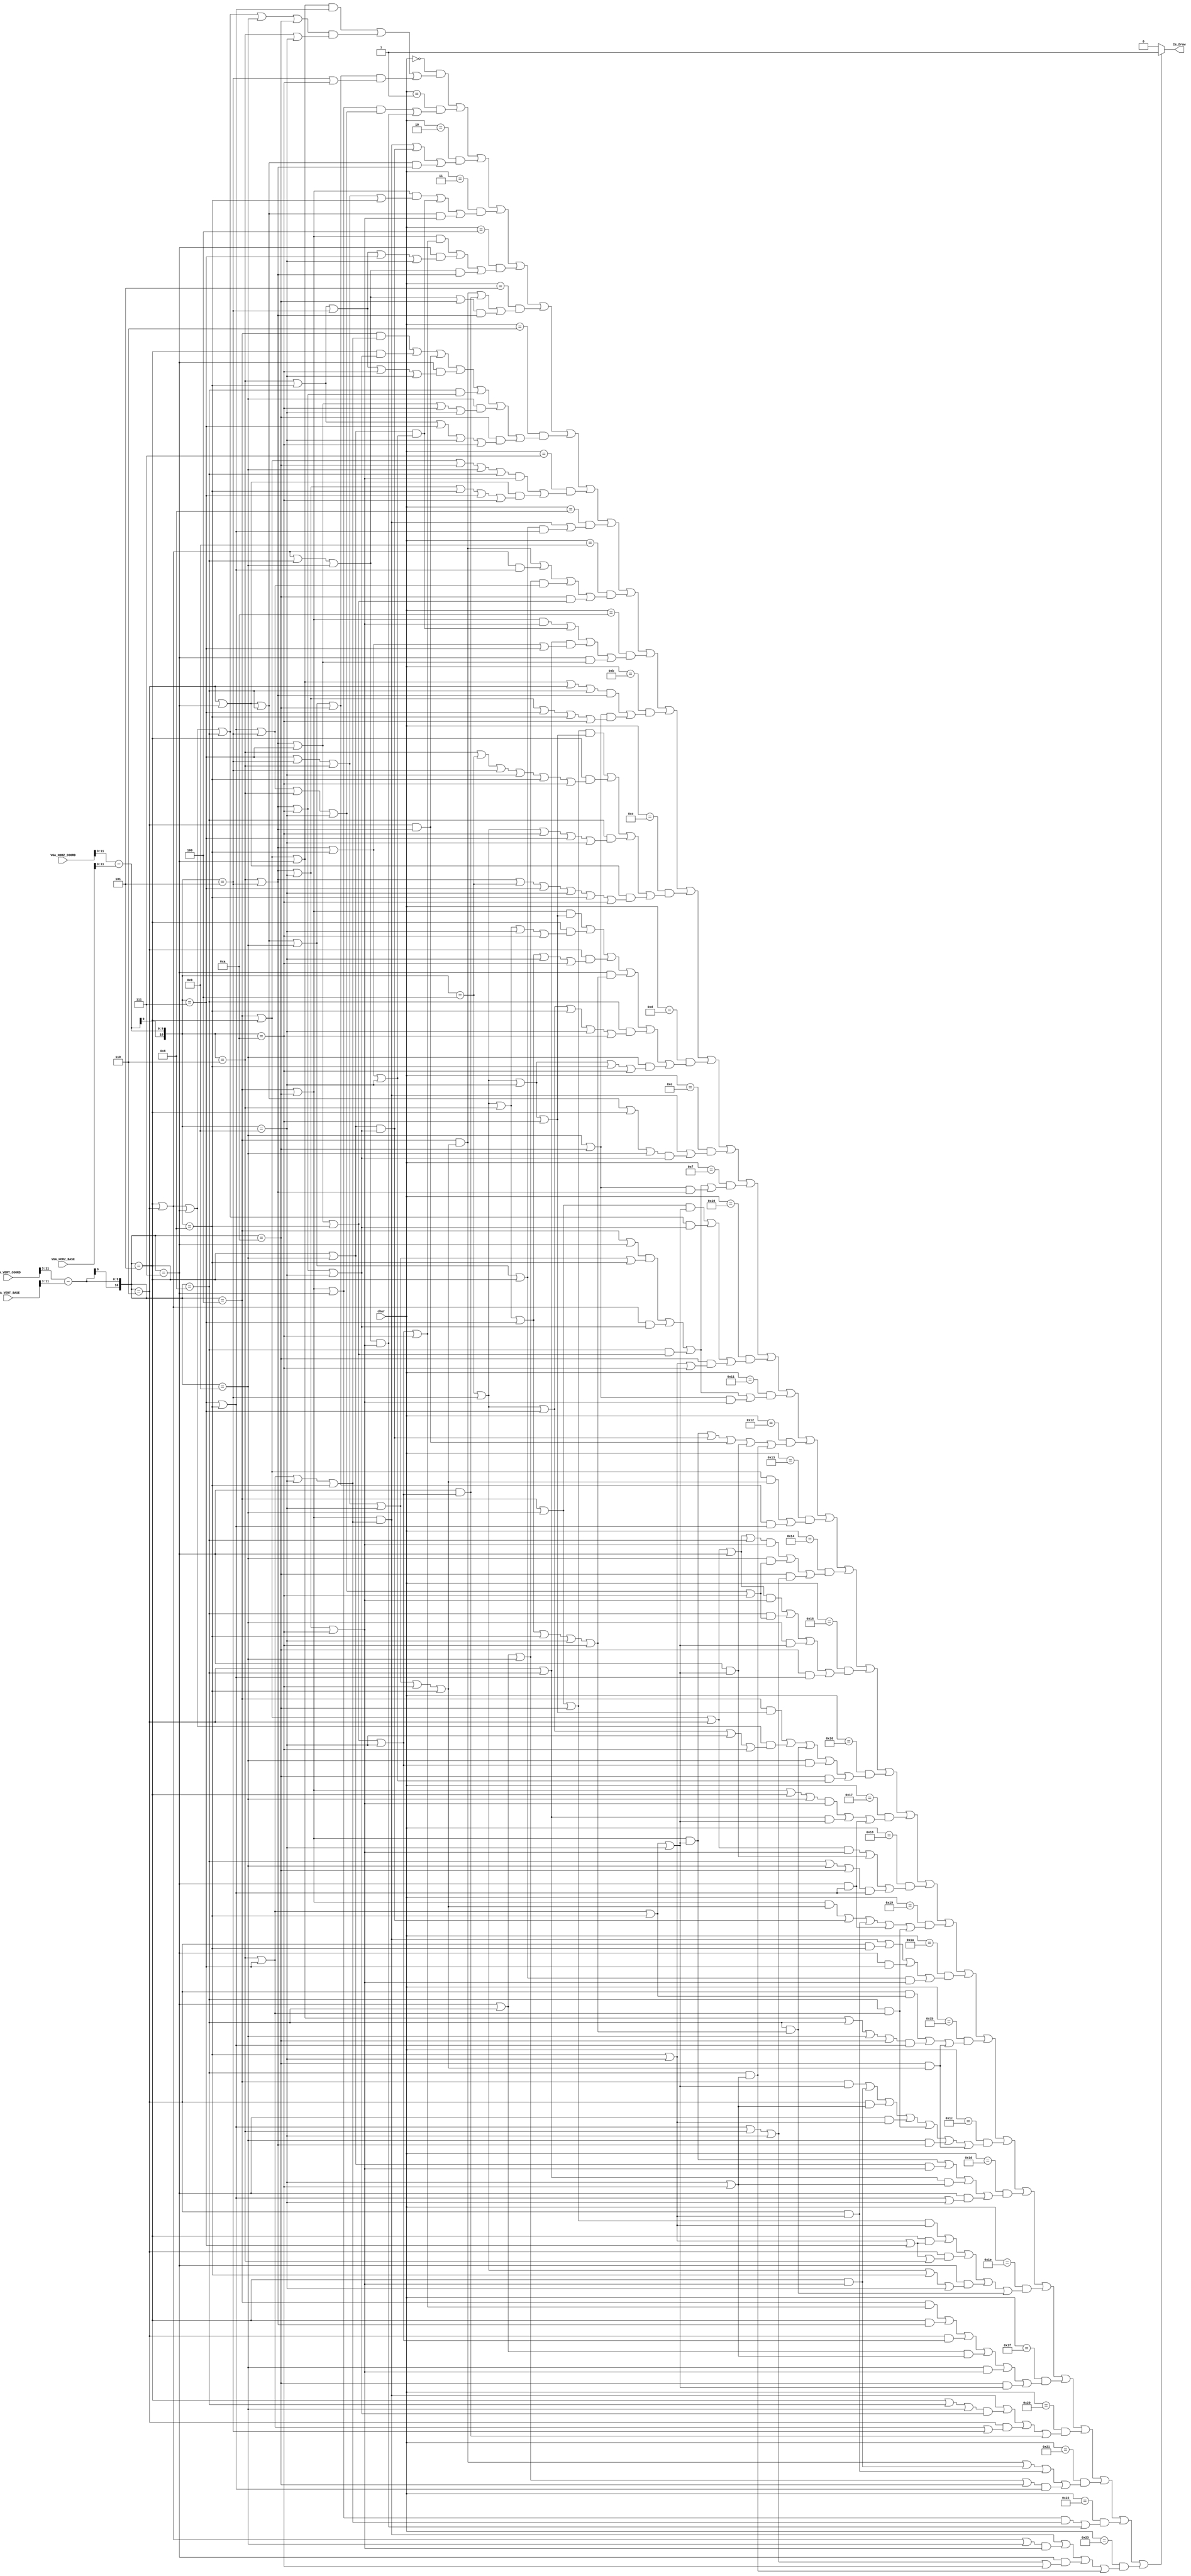
`timescale 1ns / 1ps
//////////////////////////////////////////////////////////////////////////////////
// Company: 
// Engineer: 
// 
// Design Name: 
// Module Name: Large_Font
// Project Name: 
// Target Devices: 
// Tool Versions: 
// Description: 
// 
// Dependencies: 
// 
// Revision:
// Revision 0.01 - File Created
// Additional Comments:
// 
//////////////////////////////////////////////////////////////////////////////////


module Large_Font(
    input [11:0] VGA_HORZ_COORD,
    input [11:0] VGA_VERT_COORD,
    
    input [11:0] VGA_HORZ_BASE,
    input [11:0] VGA_VERT_BASE,
    
    input [5:0] char,
    output Is_Draw 
    );
    
    wire [10:0] col = (VGA_HORZ_COORD >> 3) - (VGA_HORZ_BASE >> 3);
    wire [10:0] row = (VGA_VERT_COORD >> 3) - (VGA_VERT_BASE >> 3);
    
    assign Is_Draw = (((char == 6'b000000) && (( ((row == 4) || (row == 5) || (row == 7)) && ((col == 7) || (col == 8)) ) ||
                          /*A*/                ( ((row == 5) || (row == 6) || (row == 7) || (row == 8) || (row == 9) || (row == 10)) && ((col == 6) || (col == 9)) ) ||
                                               ( ((row == 6) || (row == 7) || (row == 8) || (row == 9) || (row == 10)) && ((col == 5) || (col == 10)) )) ) ||
                      ((char == 6'b000001) && (( ((row == 4) || (row == 10) || (row == 7)) && ((col == 7) || (col == 8) || (col == 5)  || (col == 6) || (col == 9)) ) ||
                          /*B*/                ( ((row == 6) || (row == 5) || (row == 8) || (row == 9)) && ((col == 5) || (col == 6) || (col == 9) || (col == 10)) )) ) ||
                      ((char == 6'b000010) && (( ((row == 4) || (row == 10)) && ((col == 7) || (col == 6) || (col == 9) || (col == 8)) ) ||
                          /*C*/                ( ((row == 5) || (row == 9)) && ((col == 6) || (col == 5) || (col == 10) || (col == 9)) ) ||
                                               ( ((row == 6) || (row == 7) || (row == 8)) && ((col == 5) || (col == 6)) )) ) ||
                      ((char == 6'b000011) && (( ((row == 4) || (row == 10)) && ((col == 7) || (col == 5) || (col == 6) || (col == 8)) ) ||
                          /*D*/                ( ((row == 5) || (row == 9)) && ((col == 6) || (col == 5) || (col == 8) || (col == 9)) ) ||
                                               ( ((row == 6) || (row == 7) || (row == 8)) && ((col == 5) || (col == 6) || (col == 9) || (col == 10)) )) ) ||
                      ((char == 6'b000100) && (( ((row == 4) || (row == 10)) && ((col == 5) ||(col == 6) || (col == 7) || (col == 8) || (col == 9) || (col == 10)) ) ||
                         /*E*/                 ( ((row == 7)) && ((col == 6) || (col == 8) ||(col == 5) || (col == 7) || (col == 9)) ) ||
                                               ( ((row == 6) || (row == 5) || (row == 8) || (row == 9)) && ((col == 5) || (col == 6)) )) ) ||
                      ((char == 6'b000101) && (( ((row == 4)) && ((col == 7) || (col == 5) || (col == 6) || (col == 9) || (col == 10) || (col == 8)) ) ||
                         /*F*/                 ( ((row == 7)) && ((col == 6) || (col == 5) || (col == 7) || (col == 8) || (col == 9)) ) ||
                                               ( ((row == 6) || (row == 5) || (row == 8) || (row == 9) || (row == 10)) && ((col == 5) || (col == 6)) )) ) ||
                      ((char == 6'b000110) && (( ((row == 4)) && ((col == 7) || (col == 6) || (col == 9) || (col == 8)) ) ||
                                               ( ((row == 5)) && ((col == 6) || (col == 5) || (col == 10) || (col == 9)) ) ||
                                               ( ((row == 6)) && ((col == 6) || (col == 5)) ) ||
                                               ( ((row == 7)) && ((col == 6) || (col == 8) || (col == 5) || (col == 10) || (col == 9)) ) ||
                                               ( ((row == 8)) && ((col == 6) || (col == 5) || (col == 10)) ) ||
                                               ( ((row == 9)) && ((col == 6) || (col == 5) || (col == 7) || (col == 10) || (col == 9)) ) ||
                                               ( ((row == 10)) && ((col == 8) || (col == 6) || (col == 7) || (col == 9) || (col == 10)) )) ) ||
                      ((char == 6'b000111) && (( ((row == 4) || (row == 5) || (row == 10) || (row == 9) || (row == 8)) && ((col == 5) || (col == 6) || (col == 9) || (col == 10)) ) ||
                          /*H*/                ( ((row == 6) || (row == 7)) && ((col == 5) || (col == 6) || (col == 9) || (col == 8) || (col == 7) || (col == 10)) )) ) ||
                      ((char == 6'b001000) && (( ((row == 4) || (row == 10)) && ((col == 7) || (col == 6) || (col == 9) || (col == 8)) ) ||
                                               ( ((row == 6) || (row == 7) || (row == 8) || (row == 9) || (row == 5)) && ((col == 8) || (col == 7)) )) ) ||
                      ((char == 6'b001001) && (( ((row == 4)) && ((col == 7) || (col == 5) || (col == 6) || (col == 9) || (col == 10) || (col == 8)) ) ||
                          /*J*/                ( ((row == 5) || (row == 6)) && ((col == 7) || (col == 8)) ) ||
                                               ( ((row == 7) || (row == 8) || (row == 9)) && ((col == 7) || (col == 8) || (col == 5)) ) ||
                                               ( ((row == 10)) && ((col == 5) || (col == 6) || (col == 7) || (col == 8)) )) ) ||
                      ((char == 6'b001010) && (( ((row == 4) || (row == 10)) && ((col == 5) || (col == 6) || (col == 9) || (col == 10)) ) ||
                                               ( ((row == 5) || (row == 9)) && ((col == 6) || (col == 5) || (col == 8) || (col == 9)) ) ||
                                               ( ((row == 6) || (row == 8)) && ((col == 6) || (col == 5) || (col == 8) || (col == 7)) ) ||
                                               ( ((row == 7)) && ((col == 5) || (col == 6) || (col == 7)) )) ) ||
                      ((char == 6'b001011) && (( ((row == 4) || (row == 5) || (row == 7)|| (row == 6) || (row == 8)) && ((col == 5) || (col == 6)) ) ||
                                               ( ((row == 9) || (row == 10)) && ((col == 5) || (col == 6) || (col == 9) || (col == 7) || (col == 8) ||  (col == 10)) )) ) ||
                      ((char == 6'b001100) && (( ((row == 4) || (row == 9) || (row == 10)) && ((col == 4) || (col == 5) || (col == 9) || (col == 10)) ) ||
                          /*M*/                ( ((row == 5)) && ((col == 6) || (col == 4) || (col == 5) || (col == 9) || (col == 8) || (col == 10)) ) ||
                                               ( ((row == 8)) && ((col == 4) || (col == 5) || (col == 10) || (col == 7) || (col == 9)) ) ||
                                               ( ((row == 6) || (row == 7)) && ((col == 5) || (col == 6) || (col == 4) || (col == 7) || (col == 9) || (col == 8) || (col == 10)) )) ) ||
                      ((char == 6'b001101) && (( ((row == 4) || (row == 10)) && ((col == 4) || (col == 5) || (col == 9) || (col == 10)) ) ||
                                               ( ((row == 5)) && ((col == 4) || (col == 5) || (col == 6) || (col == 9) || (col == 10)) ) ||
                                               ( ((row == 6)) && ((col == 4) || (col == 5) || (col == 6) || (col == 7) || (col == 9) || (col == 10)) ) ||
                                               ( ((row == 7)) && ((col == 4) || (col == 5) || (col == 6) || (col == 7) || (col == 8) ||(col == 9) || (col == 10)) ) ||
                                               ( ((row == 8)) && ((col == 4) || (col == 5) || (col == 7) || (col == 8) ||(col == 9) || (col == 10)) ) ||
                                               ( ((row == 9)) && ((col == 5) || (col == 4) || (col == 9) || (col == 8) || (col == 10)) )) ) ||
                      ((char == 6'b001110) && (( ((row == 4) || (row == 10)) && ((col == 7) || (col == 6) || (col == 9) || (col == 8)) ) ||
                       /*O*/                   ( ((row == 6) || (row == 7) || (row == 8) || (row == 5) || (row == 9)) && ((col == 5) || (col == 6) || (col == 10) || (col == 9)) )) ) ||
                      ((char == 6'b001111) && (( ((row == 4) || (row == 7)) && ((col == 7) || (col == 5) || (col == 6) || (col ==9) || (col == 8)) ) ||
                                               ( ((row == 5) || (row == 6)) && ((col == 6) || (col == 5) || (col == 10) || (col == 9)) ) ||
                                               ( ((row == 8)) && ((col == 6) || (col == 5) || (col == 7) || (col == 8)) ) ||
                                               ( ((row == 9) || (row == 10)) && ((col == 5) || (col == 6)) )) ) ||
                      ((char == 6'b010000) && (( ((row == 4) || (row == 9)) && ((col == 6) || (col == 7) || (col == 8) || (col == 9)) ) ||
                       /*Q*/                   ( ((row == 5) || (row == 6) || (row == 7) || (row == 8)) && ((col == 6) || (col == 5) || (col == 10) || (col == 9)) ) ||
                                               ( ((row == 10)) && ((col == 9) || (col == 8) || (col == 10)) )) ) ||
                      ((char == 6'b010001) && (( ((row == 4) || (row == 7)) && ((col == 7) || (col == 5) || (col == 6) || (col ==9) || (col == 8)) ) ||
                                               ( ((row == 5) || (row == 6)) && ((col == 6) || (col == 5) || (col == 10) || (col == 9)) ) ||
                                               ( ((row == 8)) && ((col == 6) || (col == 5) || (col == 7) || (col == 8)) ) ||
                                               ( ((row == 9) || (row == 10)) && ((col == 5) || (col == 6) || (col == 9) || (col == 10)) )) ) ||
                      ((char == 6'b010010) && (( ((row == 4) || (row == 10)) && ((col == 6) || (col == 7) || (col == 8) || (col == 9)) ) ||
                          /*S*/                ( ((row == 5) || (row == 9)) && ((col == 6) || (col == 5) || (col == 10) || (col == 9)) ) ||
                                               ( ((row == 6)) && ((col == 6) || (col == 5)) ) ||
                                               ( ((row == 7)) && ((col == 6) || (col == 7) || (col == 8) || (col == 9)) ) ||
                                               ( ((row == 8)) && ((col == 9) || (col == 10)) )) ) ||
                      ((char == 6'b010011) && (( ((row == 4) || (row == 5)) && ((col == 7) || (col == 5) || (col == 6) || (col == 9) || (col == 10) || (col == 8)) ) ||
                                               ( ((row == 6) || (row == 7) || (row == 8) || (row == 9) || (row == 10)) && ((col == 7) || (col == 8)) )) ) ||
                      ((char == 6'b010100) && (( ((row == 4) || (row == 5) || (row == 6) || (row == 7) || (row == 8)) && ((col == 5) || (col == 6) || (col == 9) || (col == 10)) ) ||
                          /*U*/                ( ((row == 9)) && ((col == 7) || (col == 8) || (col == 5) || (col == 6) || (col == 9) || (col == 10)) ) ||
                                               ( ((row == 10)) && ((col == 7) || (col == 8) || (col == 6) || (col == 9)) )) ) ||
                      ((char == 6'b010101) && (( ((row == 4) || (row == 5) || (row == 6) || (row == 7)) && ((col == 5) || (col == 6) || (col == 9) || (col == 10)) ) ||
                                               ( ((row == 8)) && ((col == 7) || (col == 8) || (col == 5) || (col == 6) || (col == 9) || (col == 10)) ) ||
                                               ( ((row == 9)) && ((col == 6) || (col == 7) || (col == 8) || (col == 9)) ) ||
                                               ( ((row == 10)) && ((col == 7) || (col == 8)) )) ) ||
                      ((char == 6'b010110) && (( ((row == 4)) && ((col == 4) || (col == 5) || (col == 9) || (col == 10)) ) ||
                                               ( ((row == 5) || (row == 6) || (row == 7)) && ((col == 4) || (col == 5) || (col == 7) || (col == 9) || (col == 10)) ) ||
                                               ( ((row == 8)) && ((col == 4) || (col == 5) || (col == 6) || (col == 7) || (col == 8) || (col == 9) || (col == 10)) ) ||
                          /*W*/                ( ((row == 9)) && ((col == 6) || (col == 5) || (col == 7) || (col == 8) || (col == 9)) ) ||
                                               ( ((row == 10)) && ((col == 5) || (col == 6) || (col == 8) || (col == 9)) )) ) ||
                      ((char == 6'b010111) && (( ((row == 4) || (row == 10) || (row == 5) || (row == 9)) && ((col == 6) || (col == 5) || (col == 9) || (col == 10)) ) ||
                                               ( ((row == 6) || (row == 8)) && ((col == 6) || (col == 7) || (col == 8) || (col == 9)) ) ||
                                               ( ((row == 7)) && ((col == 7) || (col == 8)) )) ) ||
                      ((char == 6'b011000) && (( ((row == 4) || (row == 5) || (row == 6)) && ((col == 5) || (col == 6) || (col == 9) || (col == 10)) ) ||
                                               ( ((row == 7)) && ((col == 6) || (col == 7) || (col == 8) || (col == 9)) ) ||
                                               ( ((row == 8) || (row == 9) || (row == 10)) && ((col == 7) || (col == 8)) )) ) ||
                      ((char == 6'b011001) && (( ((row == 4) || (row == 10)) && ((col == 7) || (col == 5) || (col == 6) || (col == 9) || (col == 10) || (col == 8)) ) ||
                          /*Z*/                ( ((row == 5) || (row == 9)) && ((col == 6) || (col == 5) || (col == 10) || (col == 9)) ) ||
                                               ( ((row == 6)) && ((col == 8) || (col == 9)) ) ||
                                               ( ((row == 7)) && ((col == 7) || (col == 8)) ) ||
                                               ( ((row == 8)) && ((col == 7) || (col == 6)) )) ) ||
                      ((char == 6'b011010) && (( ((row == 4) || (row == 10)) && ((col == 7) || (col == 6) || (col == 9) || (col == 8)) ) || 
                                               ( ((row == 6)) && ((col == 8)) ) ||
                                               ( ((row == 7)) && ((col == 7)) ) ||
                        /*0*/                  ( ((row == 6) || (row == 7) || (row == 8) || (row == 9) || (row == 5)) && ((col == 5) || (col == 6) || (col == 9) || (col == 10)) )) ) ||
                      ((char == 6'b011011) && (( ((row == 6)) && ((col == 6) || (col == 7) || (col == 8)) ) ||
                                               ( ((row == 5) || (row == 4) || (row == 7) || (row == 8) || (row == 9) || (row == 10)) && ((col == 7) || (col == 8)) ) ||
                                               ( ((row == 10)) && ((col == 7) || (col == 5) || (col == 6) || (col == 9) || (col == 10) || (col == 8)) )) ) ||
                      ((char == 6'b011100) && (( ((row == 4)) && ((col == 6) || (col == 7) || (col == 8) || (col == 9)) ) ||
                          /*2*/                ( ((row == 5)) && ((col == 5) || (col == 6) || (col == 9) || (col == 10)) ) ||
                                               ( ((row == 6)) && ((col == 9) || (col == 10)) ) ||
                                               ( ((row == 7)) && ((col == 9) || (col == 8)) ) ||
                                               ( ((row == 8)) && ((col == 7) || (col == 6)) ) ||
                                               ( ((row == 9)) && ((col == 5) || (col == 6)) ) ||
                                               ( ((row == 10)) && ((col == 7) || (col == 5) || (col == 6) || (col == 9) || (col == 10) || (col == 8)) )) ) ||
                      ((char == 6'b011101) && (( ((row == 4) || (row == 10)) && ((col == 6) || (col == 7) || (col == 8) || (col == 9)) ) ||
                                               ( ((row == 5) || (row == 9)) && ((col == 5) || (col == 6) || (col == 9) || (col == 10)) ) ||
                                               ( ((row == 6) || (row == 8)) && ((col == 9) || (col == 10)) ) ||
                                               ( ((row == 7)) && ((col == 7) || (col == 8) || (col == 9)) )) ) ||
                      ((char == 6'b011110) && (( ((row == 4) || (row == 9) || (row == 10)) && ((col == 9) || (col == 8)) ) ||
                                               ( ((row == 5)) && ((col == 9) || (col == 8) || (col == 7)) ) ||
                                               ( ((row == 6)) && ((col == 9) || (col == 8) || (col == 7) || (col == 6)) ) ||
                                               ( ((row == 7)) && ((col == 4) || (col == 5) || (col == 8) || (col == 9)) ) ||
                                               ( ((row == 8)) && ((col == 5) || (col == 4) || (col == 6) || (col == 7) || (col == 8) || (col == 9) || (col == 10)) )) ) ||
                      ((char == 6'b011111) && (( ((row == 4)) && ((col == 5) || (col == 6) || (col == 7) || (col == 8) || (col == 9) || (col == 10)) ) ||
                          /*5*/                ( ((row == 5)) && ((col == 6) || (col == 5)) ) ||
                                               ( ((row == 6)) && ((col == 6) || (col == 5) || (col == 7) || (col == 8) || (col == 9)) ) ||
                                               ( ((row == 7) || (row == 8)) && ((col == 9) || (col == 10)) ) ||
                                               ( ((row == 9)) && ((col == 6) || (col == 5) || (col == 9) || (col == 10)) ) ||
                                               ( ((row == 10)) && ((col == 6) || (col == 7) || (col == 8) || (col == 9)) )) ) ||
                      ((char == 6'b100000) && (( ((row == 4) || (row == 10)) && ((col == 7) || (col == 6) || (col == 9) || (col == 8)) ) ||
                                               ( ((row == 5) || (row == 8) || (row == 9)) && ((col == 6) || (col == 5) || (col == 10) || (col == 9)) ) ||
                                               ( ((row == 6)) && ((col == 7) || (col == 6) || (col == 5)) ) ||
                                               ( ((row == 7)) && ((col == 5) || (col == 6) || (col == 7) || (col == 8) || (col == 9)) )) ) ||
                      ((char == 6'b100001) && (( ((row == 4)) && ((col == 7) || (col == 5) || (col == 6) || (col == 9) || (col == 10) || (col == 8)) ) ||
                                               ( ((row == 5)) && ((col == 5) || (col == 6) || (col == 9) || (col == 10)) ) ||
                                               ( ((row == 6)) && ((col == 8) || (col == 9)) ) ||
                                               ( ((row == 7) || (row == 8) || (row == 9) || (row == 10)) && ((col == 7) || (col == 8)) )) ) ||
                      ((char == 6'b100010) && (( ((row == 4) || (row == 10) || (row == 7)) && ((col == 7) || (col == 6) || (col == 9) || (col == 8)) ) ||
                                               ( ((row == 6) || (row == 5) || (row == 8) || (row == 9)) && ((col == 5) || (col == 6) || (col == 9) || (col == 10)) )) ) ||
                      ((char == 6'b100011) && (( ((row == 4) || (row == 10)) && ((col == 7) || (col == 6) || (col == 9) || (col == 8)) ) ||
                          /*9*/                ( ((row == 5) || (row == 6) || (row == 9)) && ((col == 5) || (col == 6) || (col == 9) || (col == 10)) ) ||
                                               ( ((row == 7)) && ((col == 7) || (col == 8) || (col == 6) || (col == 9) || (col == 10)) ) ||
                                               ( ((row == 8)) && ((col == 9) || (col == 10)) )) )) ? 1'b1 : 1'b0;

endmodule